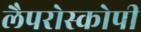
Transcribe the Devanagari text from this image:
लैपरोस्कोपी